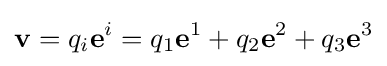
\mathbf {v} =q_{i}\mathbf {e} ^{i}=q_{1}\mathbf {e} ^{1}+q_{2}\mathbf {e} ^{2}+q_{3}\mathbf {e} ^{3}